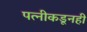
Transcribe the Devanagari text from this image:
पत्‍नीकडूनही